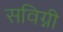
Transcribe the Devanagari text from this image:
सविग्नी